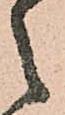
之